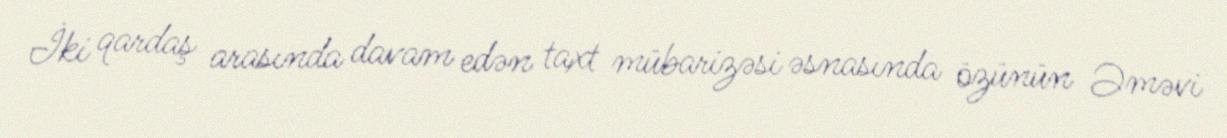
İki qardaş arasında davam edən taxt mübarizəsi əsnasında özünün Əməvi